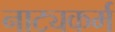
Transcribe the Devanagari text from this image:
नाट्यकर्म